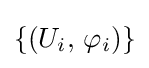
\left\{\left(U_{i},\,\varphi _{i}\right)\right\}